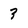
Character: 3